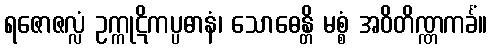
ရဇောဇလ္လံ ဥက္ကုဋိကပ္ပဓာနံ၊ သောဓေန္တိ မစ္စံ အဝိတိဏ္ဏကင်္ခံ။